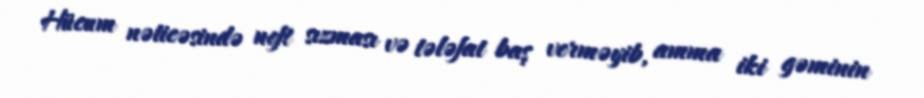
Hücum nəticəsində neft sızması və tələfat baş verməyib, amma iki gəminin